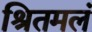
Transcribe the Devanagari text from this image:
श्रितमलं